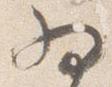
為